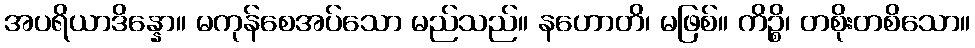
အပရိယာဒိန္နော။ မကုန်စေအပ်သော မည်သည်။ နဟောတိ၊ မဖြစ်။ ကိဉ္စိ၊ တစိုးတစိသော။